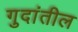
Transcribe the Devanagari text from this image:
गुदांतील